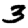
Digit: 3